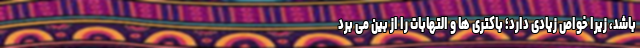
باشد، زیرا خواص زیادی دارد؛ باکتری‌ ها و التهابات را از بین می ‌برد